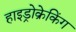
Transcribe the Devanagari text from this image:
हाइड्रोक्रेकिंग